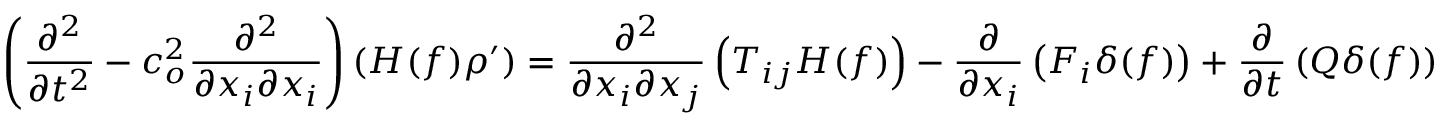
\left( \frac { \partial ^ { 2 } } { \partial t ^ { 2 } } - c _ { o } ^ { 2 } \frac { \partial ^ { 2 } } { \partial x _ { i } \partial x _ { i } } \right) \left( H ( f ) \rho ^ { \prime } \right) = \frac { \partial ^ { 2 } } { \partial x _ { i } \partial x _ { j } } \left( T _ { i j } H ( f ) \right) - \frac { \partial } { \partial x _ { i } } \left( F _ { i } \delta ( f ) \right) + \frac { \partial } { \partial t } \left( Q \delta ( f ) \right)